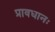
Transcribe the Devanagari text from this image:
प्रावधानः